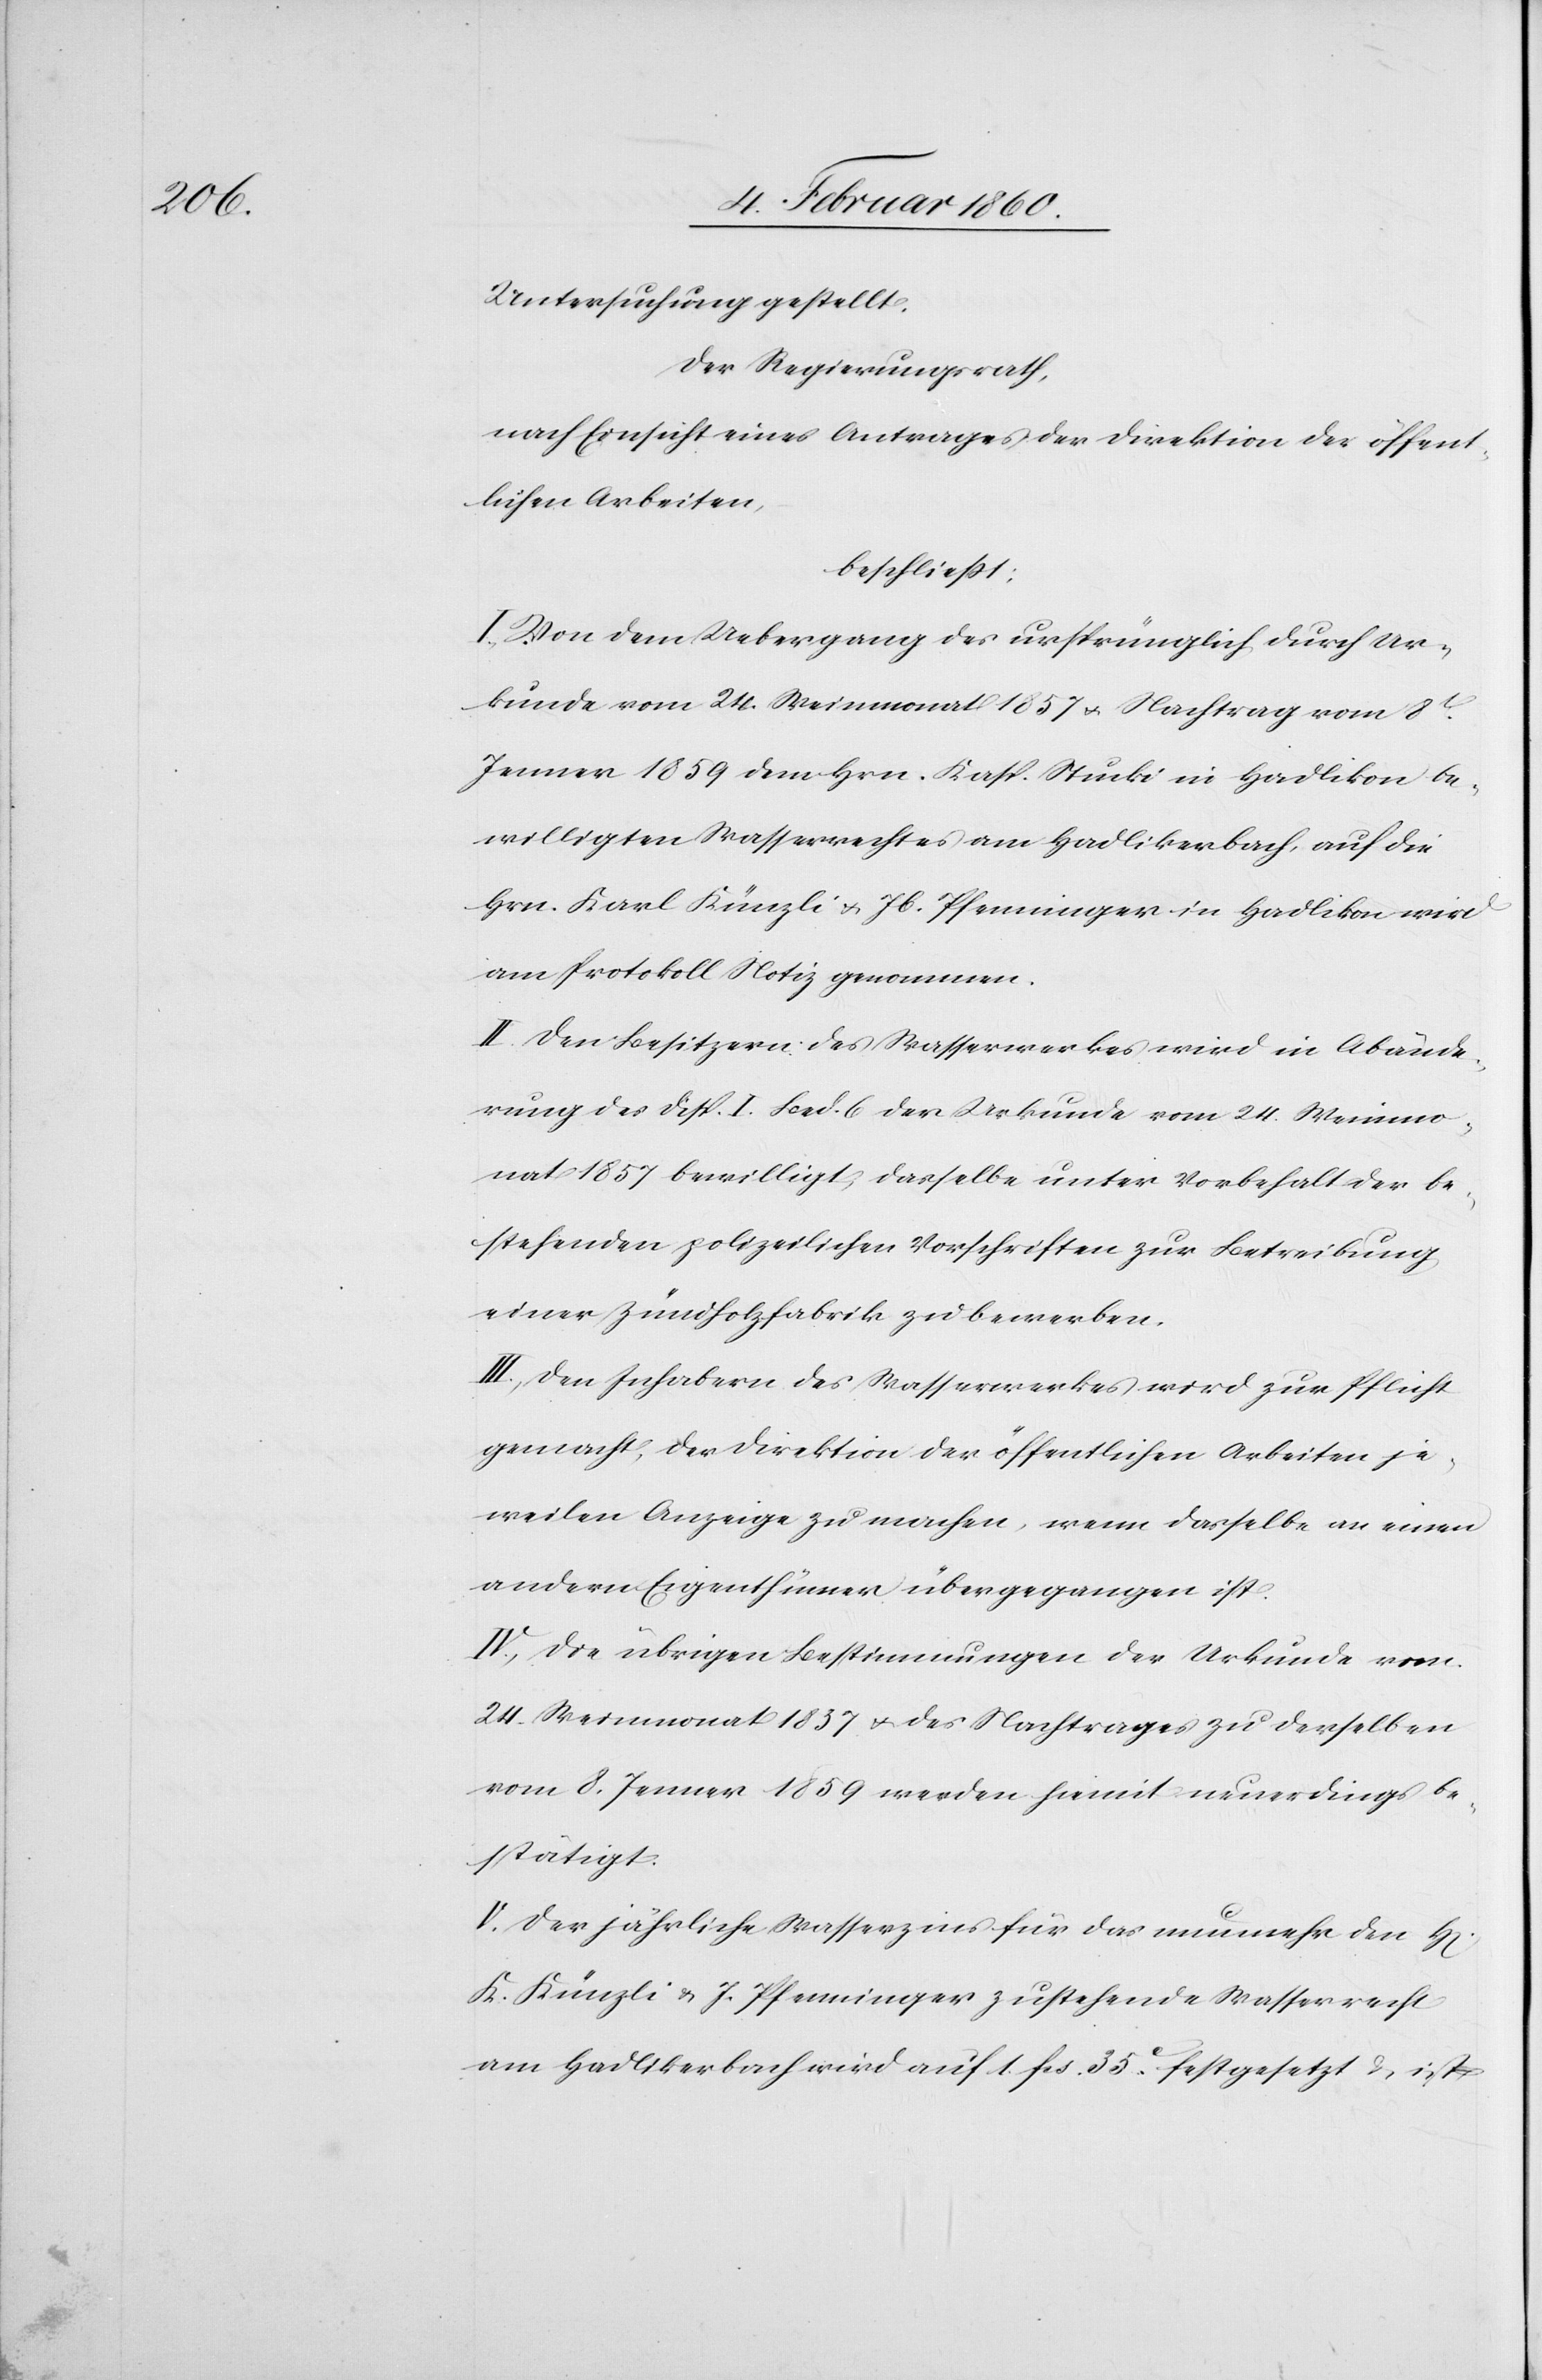
1837

Untersuchung gestellt.
Der Regierungsrath,
nach Einsicht eines Antrages der Direktion der öffent¬
lichen Arbeiten,
beschliesst:
I. Von dem Uebergang der ursprünglich durch Ur¬
kunde vom 24. Weinmonat 1857 u. Nachtrag vom 8t
Jenner 1859 dem Hrn. Kasp. Stucki in Hadlikon be¬
willigten Wasserrechtes am Hadlikerbach, auf die
Hrn. Karl Künzli u. Jb. Pfenninger in Hadlikon wird
am Protokoll Notiz genommen.
II. Den Besitzern des Wasserwerkes wird in Abände¬
rung des Disp. I. Bed. 6. der Urkunde vom 24. Weinmo¬
nat 1857 bewilligt, dasselbe unter Vorbehalt der be¬
stehenden polizeilichen Vorschriften zur Betreibung
einer Zündholzfabrik zu bewerben.
III. Den Inhabern des Wasserwerkes wird zur Pflicht
gemacht, der Direktion der öffentlichen Arbeiten je¬
weilen Anzeige zu machen, wenn dasselbe an einen
andern Eigenthümer übergegangen ist.
IV. Die übrigen Bestimmungen der Urkunde vom
vom 8. Jenner 1859 werden hiemit neuerdings be¬
stätigt.
V. Der jährliche Wasserzins für das nunmehr den H.
K. Künzli u. J. Pfenninger zustehende Wasserrecht
am Hadlikerbach wird auf 1. fcs. 35.C festgesetzt u. ist